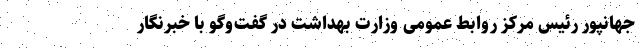
جهانپور رئیس مرکز روابط عمومی وزارت بهداشت در گفت‌وگو با خبرنگار